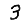
Digit: 3